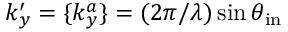
k _ { y } ^ { \prime } = \{ k _ { y } ^ { a } \} = ( 2 \pi / \lambda ) \sin { \theta _ { \mathrm { i n } } }